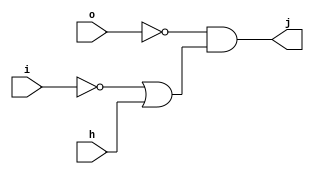
module blackbox(j, i, h, o);
    output j;
    input  i, h, o;
    wire   w06, w10, w19, w27, w29, w30, w37, w40, w42, w43, w45, w53, w59, w60, w72, w83, w90, w91, w99;
    and a47(j, w30, w72);
    or  o18(w30, w27, w06);
    not n64(w06, w27);
    or  o32(w72, w19, w53);
    and a26(w53, w29, w90);
    not n3(w29, w90);
    and a7(w27, i, w59);
    or  o68(w59, w45, w43);
    not n13(w45, o);
    and a67(w43, h, w60);
    not n51(w60, h);
    and a75(w90, o, w83);
    or  o98(w83, w37, w40);
    not n74(w37, i);
    and a21(w40, w10, h);
    not n96(w10, h);
    and a16(w19, w91, w99);
    not n46(w91, o);
    or  o58(w99, w42, h);
    not n56(w42, i);
endmodule // blackbox